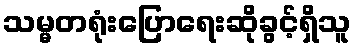
သမ္မတရုံးပြောရေးဆိုခွင့်ရှိသူ